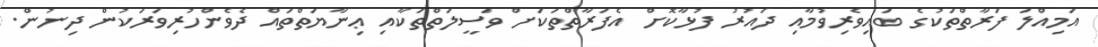
އަމިއްލަ ފަރާތްތަކުގެ ބައިވެރިވުމާއި ދައުރު ފުޅާކޮށް އެފަރާތްތަކަށް ވަސީލަތްތަކާއި ޢިނާޔަތްތައް ދެވެންހުރިވަރަކުން ދިނުން.